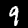
Digit: 9